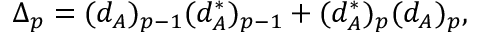
\Delta _ { p } = ( d _ { A } ) _ { p - 1 } ( d _ { A } ^ { * } ) _ { p - 1 } + ( d _ { A } ^ { * } ) _ { p } ( d _ { A } ) _ { p } ,